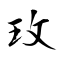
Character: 玫